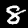
Label: 8